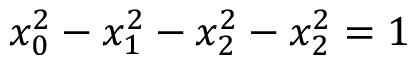
x _ { 0 } ^ { 2 } - x _ { 1 } ^ { 2 } - x _ { 2 } ^ { 2 } - x _ { 2 } ^ { 2 } = 1